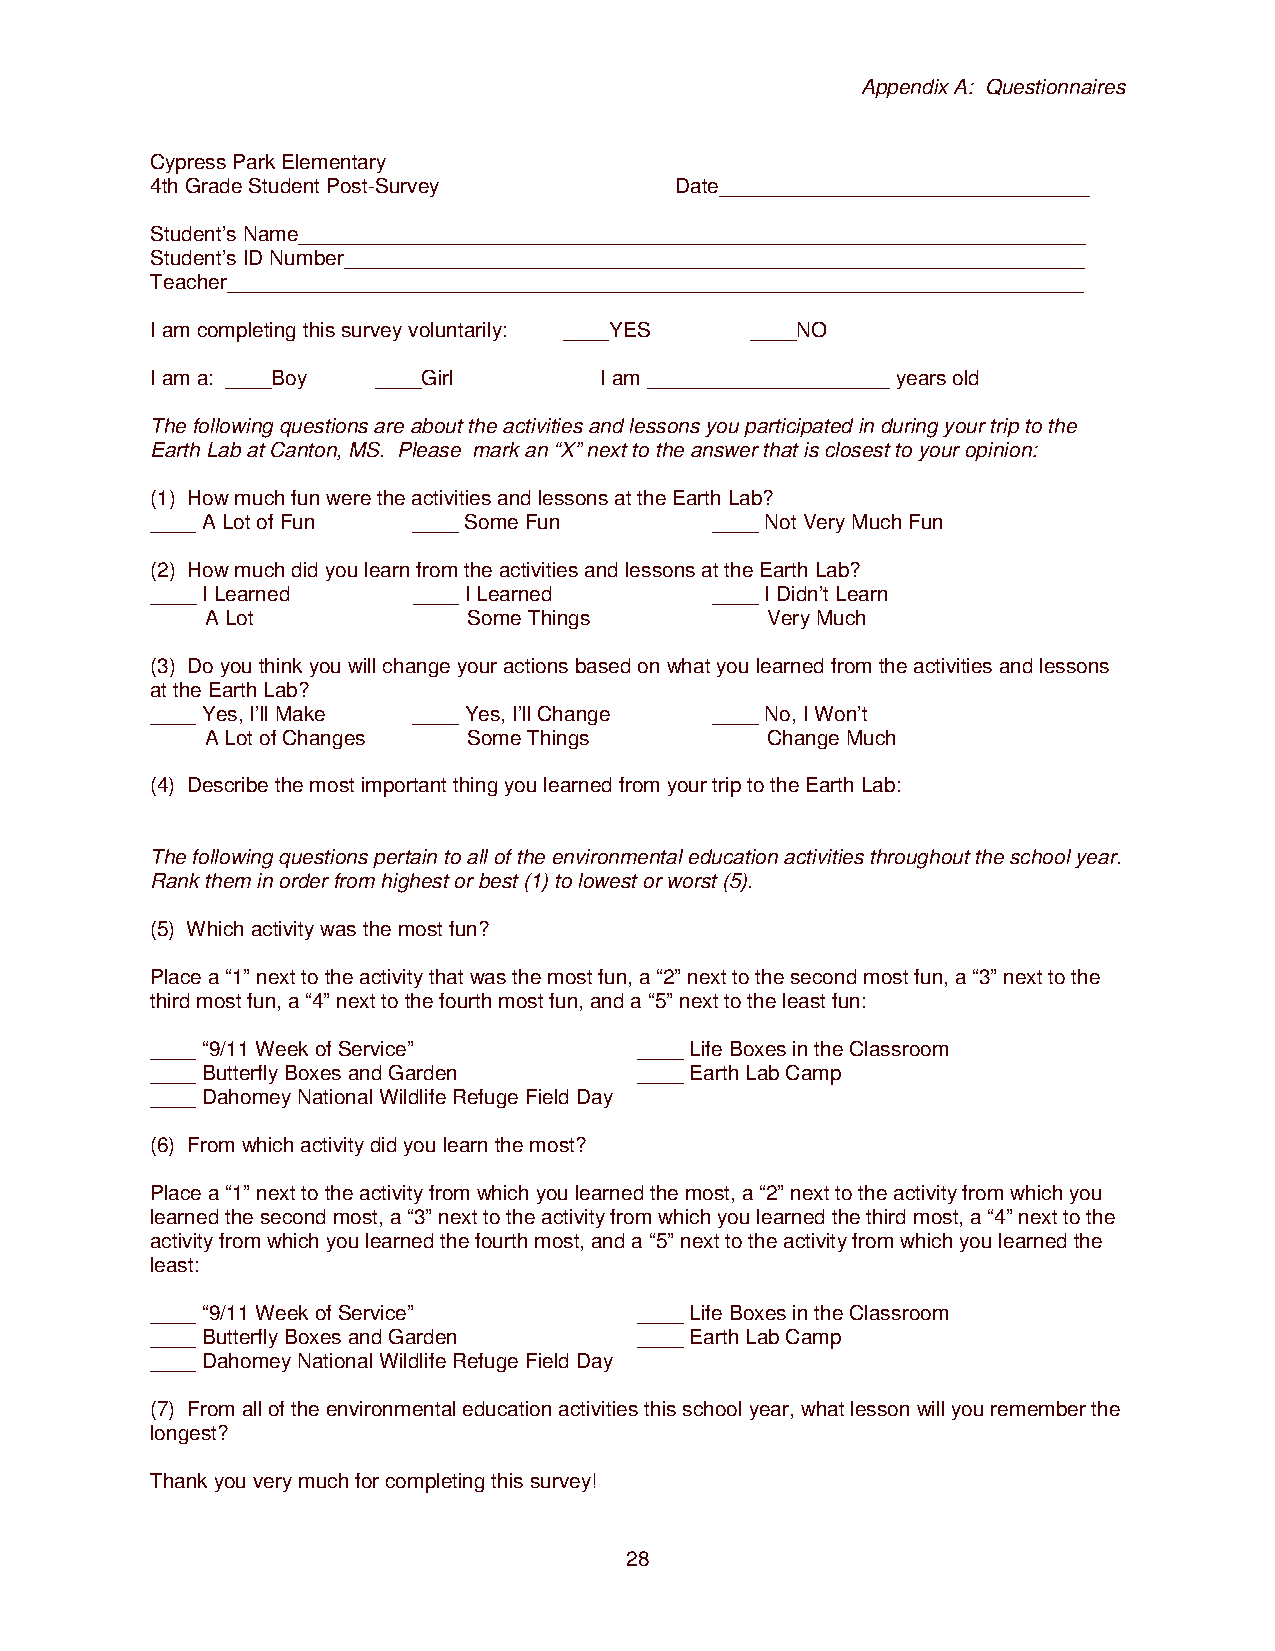
Appendix A: Questionnaires
 Cypress Park Elementary
 4th Grade Student Post-Survey      Date________________________________
 Student’s Name____________________________________________________________________
 Student’s ID Number________________________________________________________________
 Teacher__________________________________________________________________________
 I am completing this survey voluntarily: ____YES ____NO
 I am a: ____Boy ____Girl      I am _____________________ years old
 The following questions are about the activities and lessons you participated in during your trip to the
 Earth Lab at Canton, MS. Please mark an “X” next to the answer that is closest to your opinion:
 (1) How much fun were the activities and lessons at the Earth Lab?
 ____ A Lot of Fun ____ Some Fun      ____ Not Very Much Fun
 (2) How much did you learn from the activities and lessons at the Earth Lab?
 ____ I Learned   ____ I Learned      ____ I Didn’t Learn
 A Lot            Some Things         Very Much
 (3) Do you think you will change your actions based on what you learned from the activities and lessons
 at the Earth Lab?
 ____ Yes, I’ll Make ____ Yes, I’ll Change ____ No, I Won’t
 A Lot of Changes Some Things         Change Much
 (4) Describe the most important thing you learned from your trip to the Earth Lab:
 The following questions pertain to all of the environmental education activities throughout the school year.
 Rank them in order from highest or best (1) to lowest or worst (5).
 (5) Which activity was the most fun?
 Place a “1” next to the activity that was the most fun, a “2” next to the second most fun, a “3” next to the
 third most fun, a “4” next to the fourth most fun, and a “5” next to the least fun:
 ____ “9/11 Week of Service”     ____ Life Boxes in the Classroom
 ____ Butterfly Boxes and Garden ____ Earth Lab Camp
 ____ Dahomey National Wildlife Refuge Field Day
 (6) From which activity did you learn the most?
 Place a “1” next to the activity from which you learned the most, a “2” next to the activity from which you
 learned the second most, a “3” next to the activity from which you learned the third most, a “4” next to the
 activity from which you learned the fourth most, and a “5” next to the activity from which you learned the
 least:
 ____ “9/11 Week of Service”     ____ Life Boxes in the Classroom
 ____ Butterfly Boxes and Garden ____ Earth Lab Camp
 ____ Dahomey National Wildlife Refuge Field Day
 (7) From all of the environmental education activities this school year, what lesson will you remember the
 longest?
 Thank you very much for completing this survey!
 28